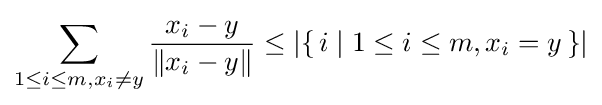
\sum _{1\leq i\leq m,x_{i}\neq y}{\frac {x_{i}-y}{\left\|x_{i}-y\right\|}}\leq \left|\{\,i\mid 1\leq i\leq m,x_{i}=y\,\}\right|